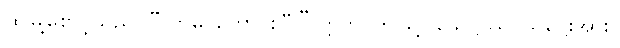
ထိုမြို့စောင့်သည်။ “သာဓု၊ ကောင်းပြီ။” ဣတိ၊ ဤသို့။ သေဋ္ဌိဿ၊ သဋ္ဌေးအား။